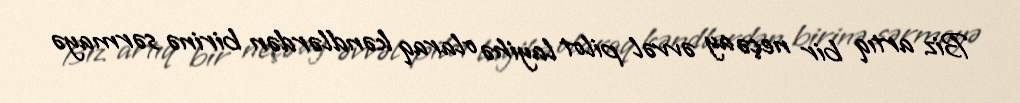
Biz artıq bir neçə ay əvvəl pilot layihə olaraq kəndlərdən birinə sərmayə